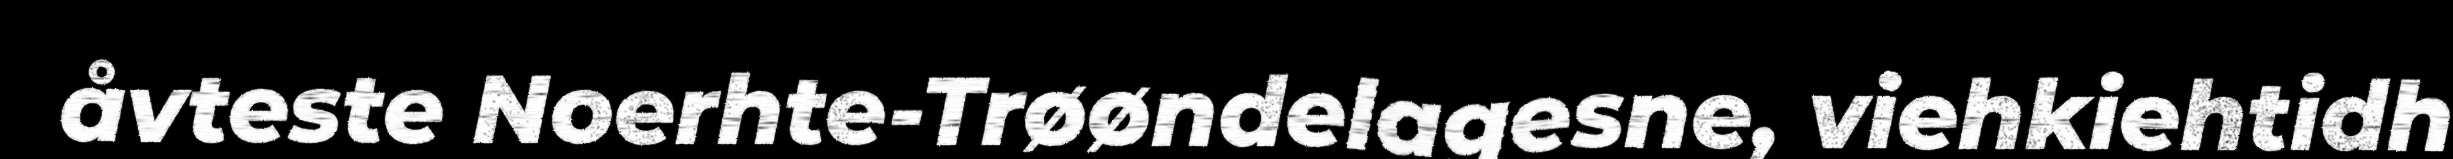
åvteste Noerhte-Trøøndelagesne, viehkiehtidh